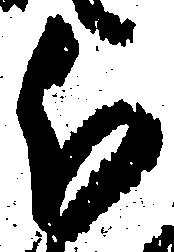
分